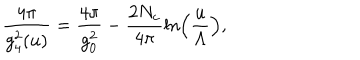
\frac { 4 \pi } { g _ { 4 } ^ { 2 } ( u ) } = \frac { 4 \pi } { g _ { 0 } ^ { 2 } } - \frac { 2 N _ { c } } { 4 \pi } \ln \left( \frac { u } { \Lambda } \right) ,